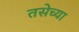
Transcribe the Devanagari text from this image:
तसेच्या